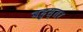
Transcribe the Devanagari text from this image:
बहुस्तर